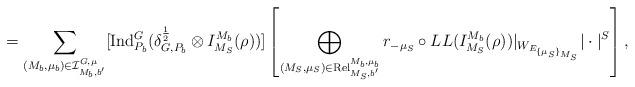
LaTeX: \begin{align*}=\sum\limits_{(M_b, \mu_b) \in \mathcal{I}^{G, \mu}_{M_b, b'}} [\mathrm{Ind}^G_{P_b}(\delta^{\frac{1}{2}}_{G,P_b} \otimes I^{M_b}_{M_S}(\rho))]\left[ \bigoplus_{(M_S, \mu_S) \in \mathrm{Rel}^{M_b, \mu_b}_{M_S,b'}} r_{-\mu_S} \circ LL(I^{M_b}_{M_S}(\rho))|_{W_{E_{\{\mu_S\}_{M_S}}}}| \cdot|^{S} \right],\end{align*}